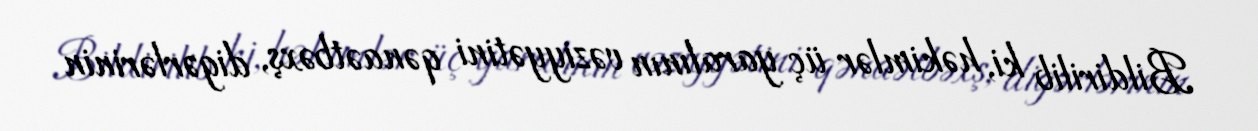
Bildirilib ki, həkimlər üç yaralının vəziyyətini qənaətbəxş, digərlərinin